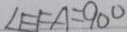
\angle E F A = 9 0 ^ { \circ }